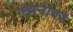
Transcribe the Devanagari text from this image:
गझनीवर